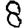
Digit: 8